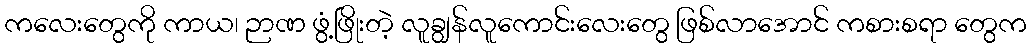
ကလေးတွေကို ကာယ၊ ဉာဏ ဖွံ့ဖြိုးတဲ့ လူချွန်လူကောင်းလေးတွေ ဖြစ်လာအောင် ကစားစရာ တွေက